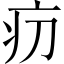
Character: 𤴬